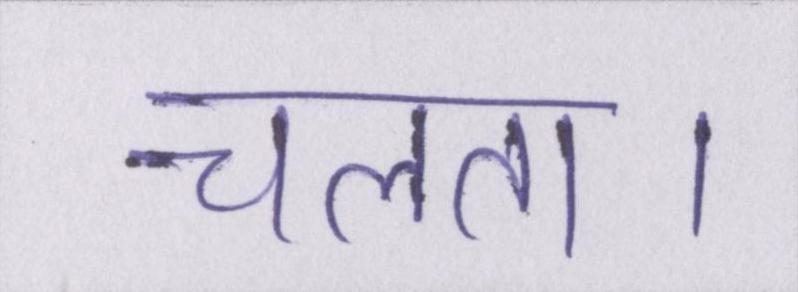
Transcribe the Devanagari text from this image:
चलता।